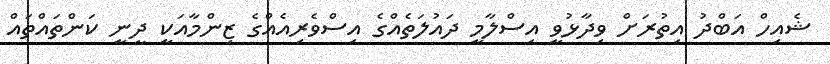
ޝެއިހް އަބްދު އިތުރަށް ވިދާޅުވީ އިސްލާމީ ދައުލަތެއްގެ އިސްވެރިއެއްގެ ޒިންމާއަކީ ދީނީ ކަންތައްތައް